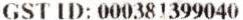
GST ID: 000381399040